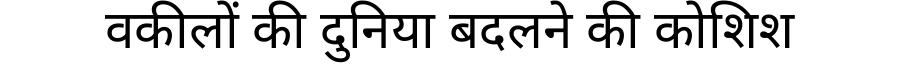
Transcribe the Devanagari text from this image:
वकीलों की दुनिया बदलने की कोशिश